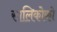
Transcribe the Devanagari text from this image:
सालिकोको